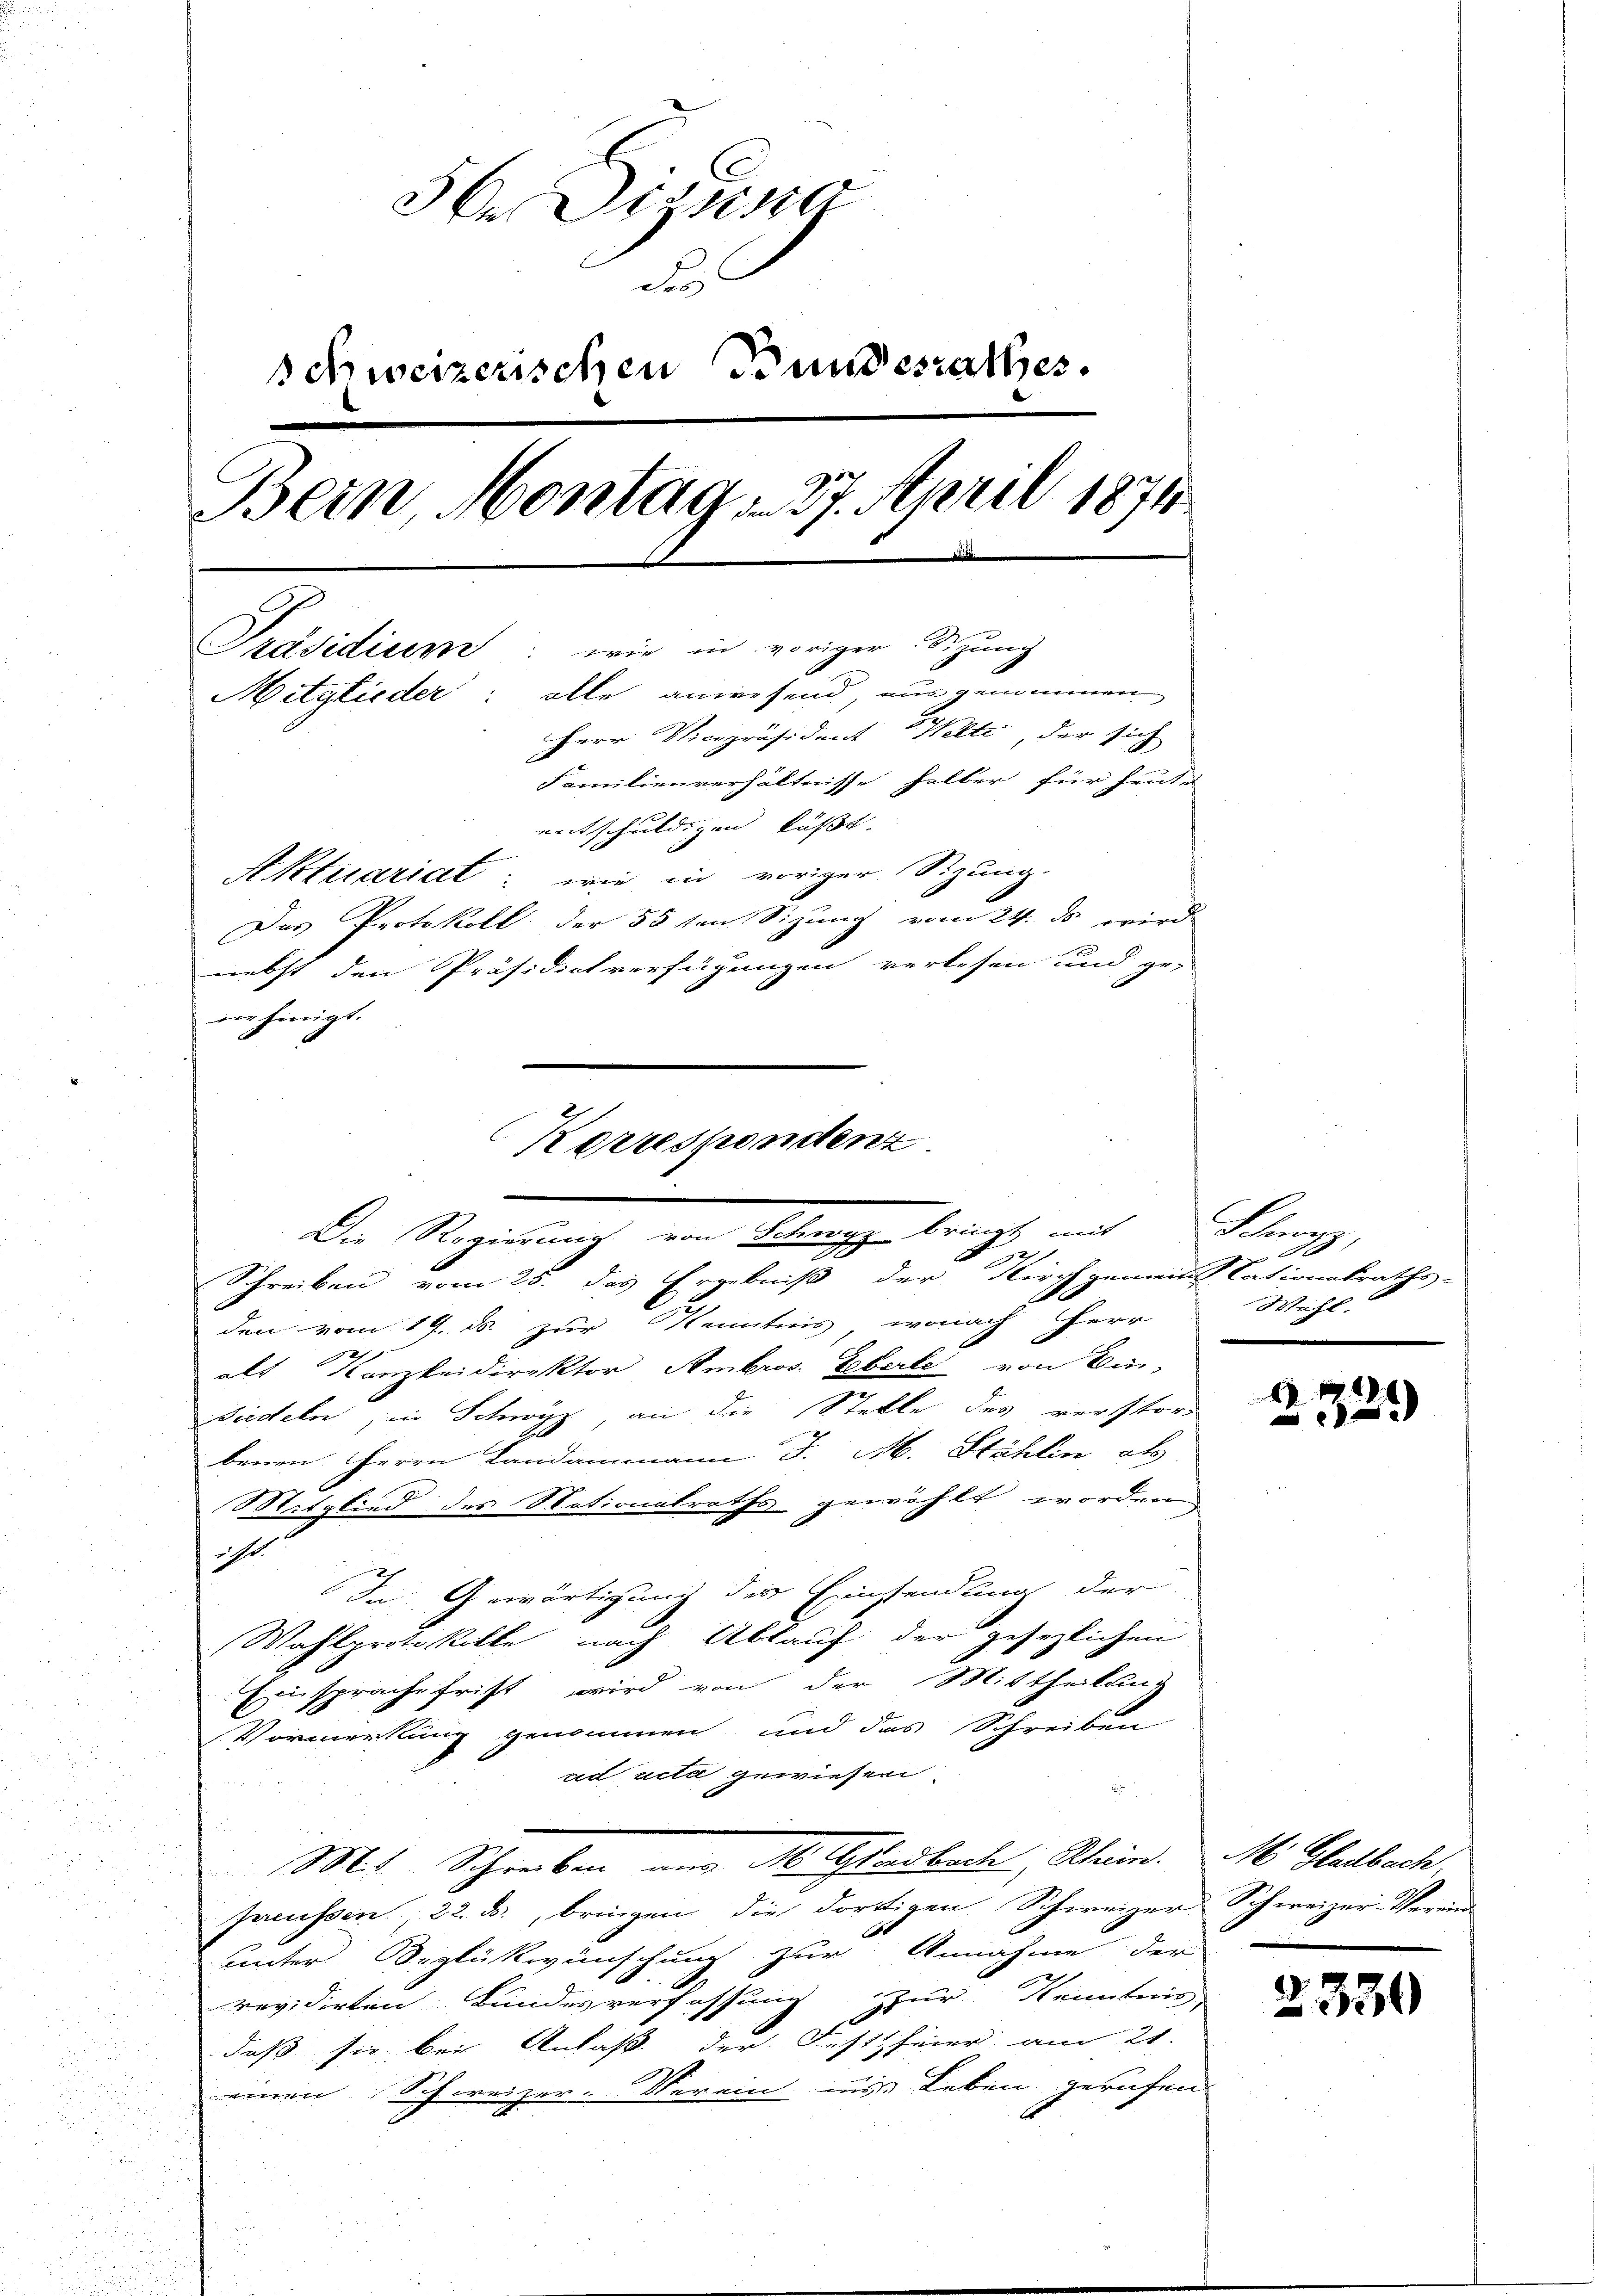
de Disse
des
schweizerischen Bundesrathes.
Bein Montag 27. April 1874.
Präsidium: wie in voriger Sitzung
Mitglieder: alle anwesend, aus genommen
Herr Vicepräsident Welti, der sich
Familienverhältnisse halber für heute
entschuldigen küsst. |
Aktuariat: wie in voriger Sizung.
Das Protokoll der 55 ten Sizung vom 24. ds. wird
nebst den Präsidialverfügungen verlesen und ge-
nehmigt.

Kerrespondenz.
Die Regierung von Schwyz bringt mit
f
Schreiben vom 25. das Ergebniß der Kirchgemeins Cationalraths-

x
den vom 19. ds. zur Kenntnis, wonach Herr
alt Kanzleidirektor Ambros. Leberle von Ein-
Fiedeln, in Schwyz, an die Stelle des verstor
benen Herrn Landammann J. M. Stählin als
Mitglied des Nationalraths gewählt worden
ht.
In Gewärtigung der Einstendung der
Wahlprotokolle, nach Ablauf der gesezlichen
Einsprache frist wird von der Mittheilung
Vormerkung genommen und das Schreiben
ad acta gewiesen.
Mt. Schreiben ang Mittersbach, Rhein. M. Gladbach
preissen, 22. ds., bringen die dortigen Schweizer Schweizer-Veran-
unter Orglückwünschung zur Annahme der
revidirten Bundesverfassung zur Kenntnis
daß sie bei Anlaß der Festfeier am 21.
einen Schweizer. Verein aus Leben gerufen

Schwyz,
Wahl.

.
8
1

2330